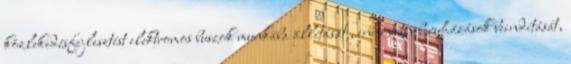
közlekedésfejlesztést elektromos buszok munkába állítását , innovatív beruházások beindítását,